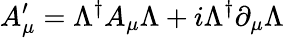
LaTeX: A_{\mu}^{\prime}=\Lambda^{\dagger}A_{\mu}\Lambda+i\Lambda^{\dagger}\partial_{\mu}\Lambda